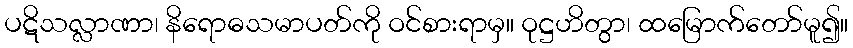
ပဋိသလ္လာဏာ၊ နိရောဓသမာပတ်ကို ဝင်စားရာမှ။ ဝုဋ္ဌဟိတွာ၊ ထမြောက်တော်မူ၍။